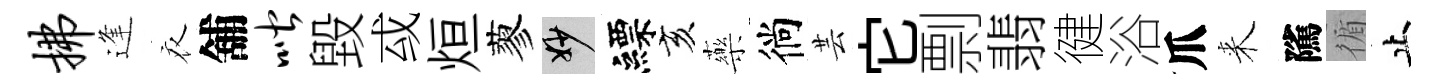
拂逢衣舖喈毀㦯烜蓼妙縹亥藥徜芸它剽翡徤浴爪来隲循止